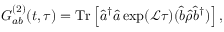
G _ { a b } ^ { ( 2 ) } ( t , \tau ) = \mathrm { T r } \left[ \hat { a } ^ { \dagger } \hat { a } \exp ( \mathcal { L } \tau ) ( \hat { b } \hat { \rho } \hat { b } ^ { \dagger } ) \right] ,